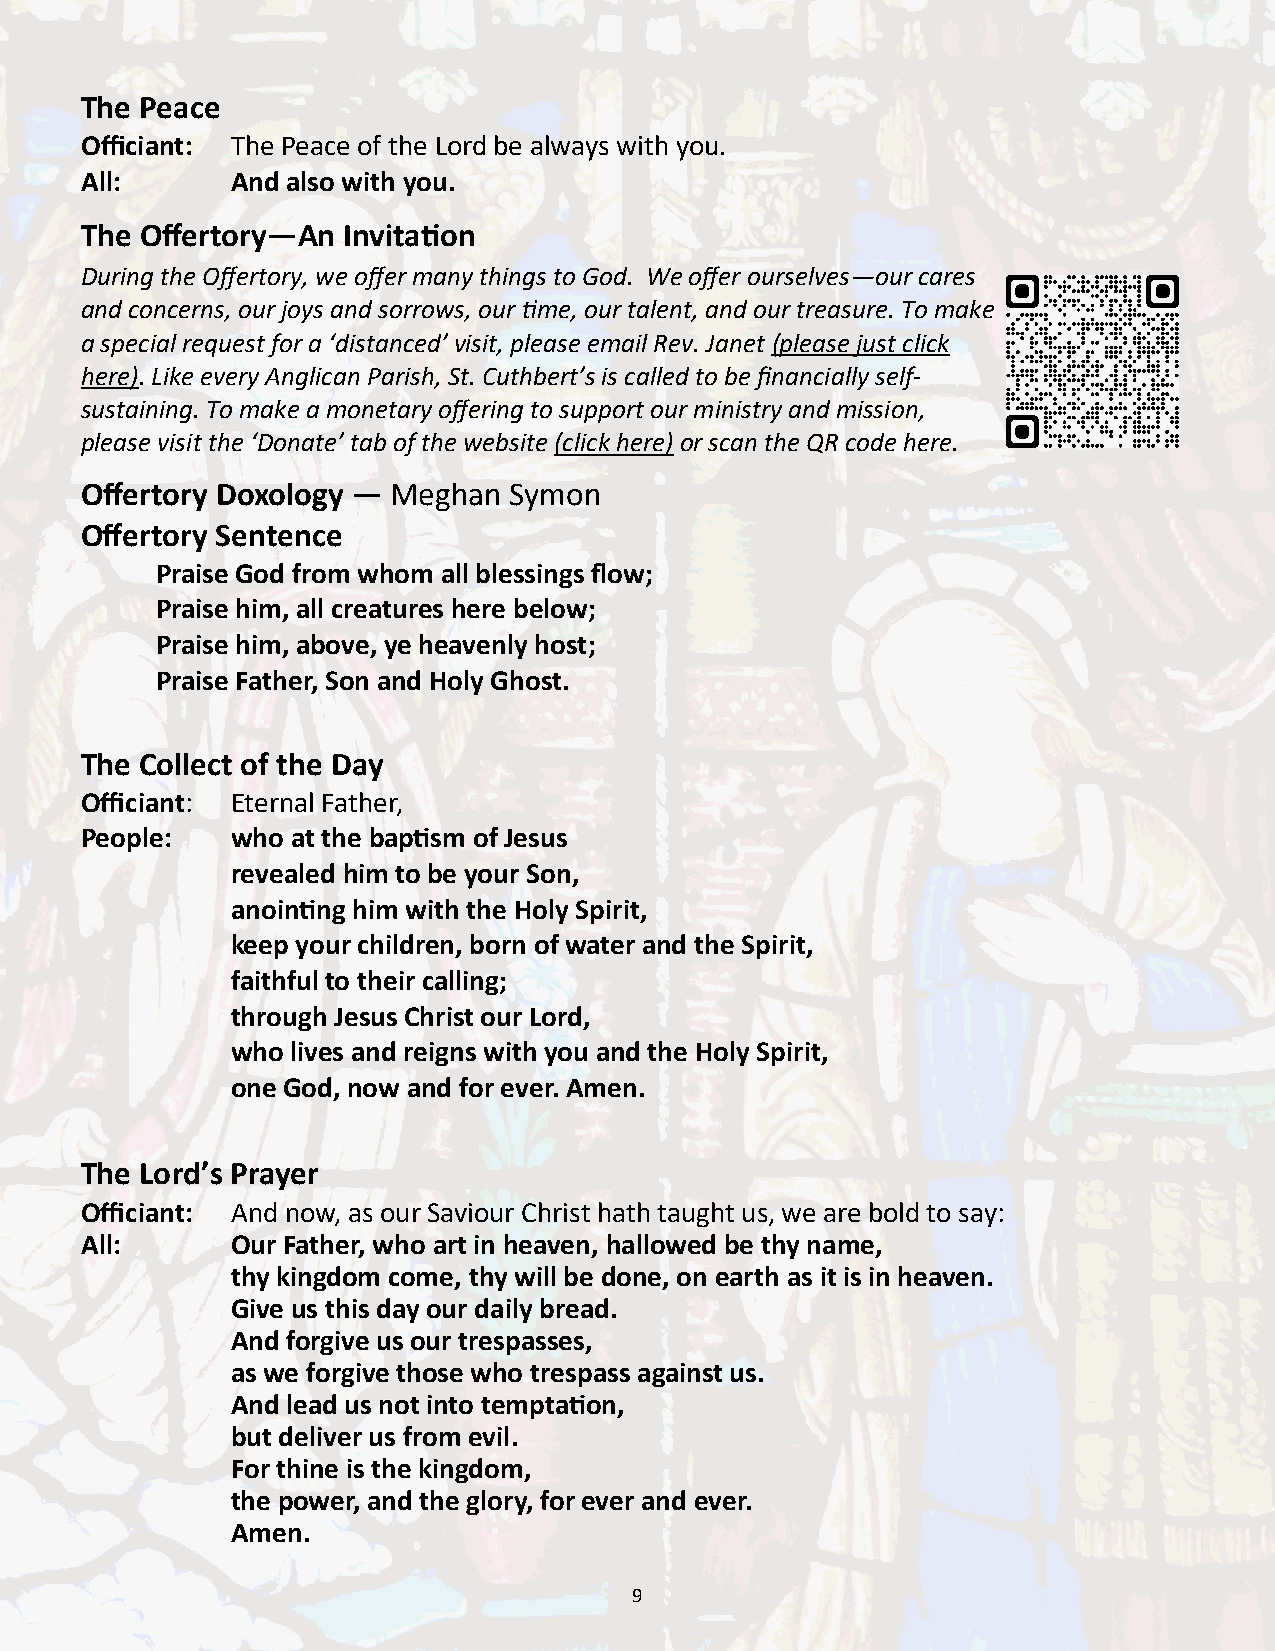
The Peace
 Officiant: The Peace of the Lord be always with you.
 All:      And also with you.
 The Offertory—An  Invitation
 During the Offertory, we offer many things to God. We offer ourselves—our cares
 and concerns, our joys and sorrows, our time, our talent, and our treasure. To make
 a special request for a ‘distanced’ visit, please email Rev. Janet (please just click
 here). Like every Anglican Parish, St. Cuthbert’s is called to be financially self-
 sustaining. To make a monetary offering to support our ministry and mission,
 please visit the ‘Donate’ tab of the website (click here) or scan the QR code here.
 Offertory Doxology — Meghan  Symon
 Offertory Sentence
 Praise God from whom all blessings flow;
 Praise him, all creatures here below;
 Praise him, above, ye heavenly host;
 Praise Father, Son and Holy Ghost.
 The Collect of the Day
 Officiant: Eternal Father,
 People:   who at the baptism of Jesus
 revealed him to be your Son,
 anointing him with the Holy Spirit,
 keep your children, born of water and the Spirit,
 faithful to their calling;
 through Jesus Christ our Lord,
 who lives and reigns with you and the Holy Spirit,
 one God, now and for ever. Amen.
 The Lord’s Prayer
 Officiant: And now, as our Saviour Christ hath taught us, we are bold to say:
 All:      Our Father, who art in heaven, hallowed be thy name,
 thy kingdom come, thy will be done, on earth as it is in heaven.
 Give us this day our daily bread.
 And forgive us our trespasses,
 as we forgive those who trespass against us.
 And lead us not into temptation,
 but deliver us from evil.
 For thine is the kingdom,
 the power, and the glory, for ever and ever.
 Amen.
 9